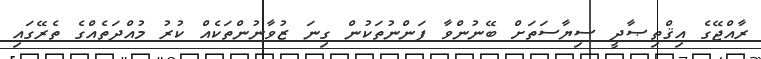
ރާއްޖޭގެ އިޤްތިޞާދީ ސިޔާސަތަށް ބޭނުންވާ ފަންނުތަކުން ގިނަ ޒުވާނުންތަކެއް ކުރު މުއްދަތެއްގެ ތެރޭގައި